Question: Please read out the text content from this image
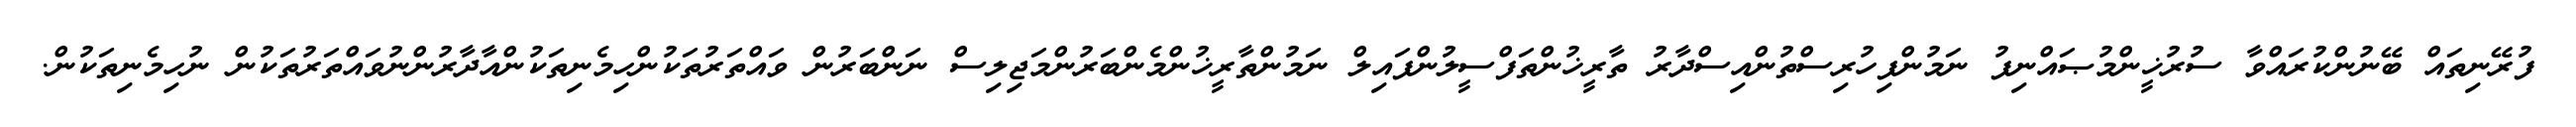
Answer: ފުރޭނިތައް ބޭނުންކުރައްވާ ސުރުޚީންމުޞައްނިފު ނަމުންފިހުރިސްތުންއިސްދާރު ތާރީޚުންތަފްސީލުންފައިލް ނަމުންތާރީޚުންމެންބަރުންމަޖިލިސް ނަންބަރުން ވައްތަރުތަކުންހިމެނިތަކުންއާދާރުންނުވައްތަރުތަކުން ނުހިމެނިތަކުން.